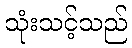
သုံးသင့်သည်